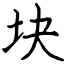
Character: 块